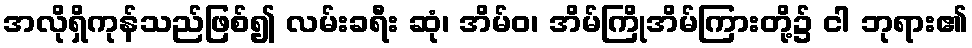
အလိုရှိကုန်သည်ဖြစ်၍ လမ်းခရီး ဆုံ၊ အိမ်ဝ၊ အိမ်ကြိုအိမ်ကြားတို့၌ ငါ ဘုရား၏